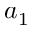
a _ { 1 }